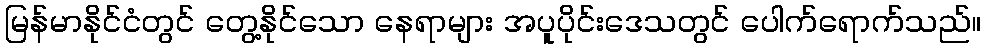
မြန်မာနိုင်ငံတွင် တွေ့နိုင်သော နေရာများ အပူပိုင်းဒေသတွင် ပေါက်ရောက်သည်။